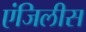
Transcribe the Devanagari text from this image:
एंजिलीस